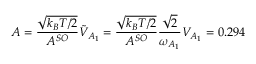
A = \frac { \sqrt { k _ { B } T / 2 } } { A ^ { S O } } \tilde { V } _ { A _ { 1 } } = \frac { \sqrt { k _ { B } T / 2 } } { A ^ { S O } } \frac { \sqrt { 2 } } { \omega _ { A _ { 1 } } } V _ { A _ { 1 } } = 0 . 2 9 4